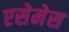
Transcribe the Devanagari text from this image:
एसेमेस